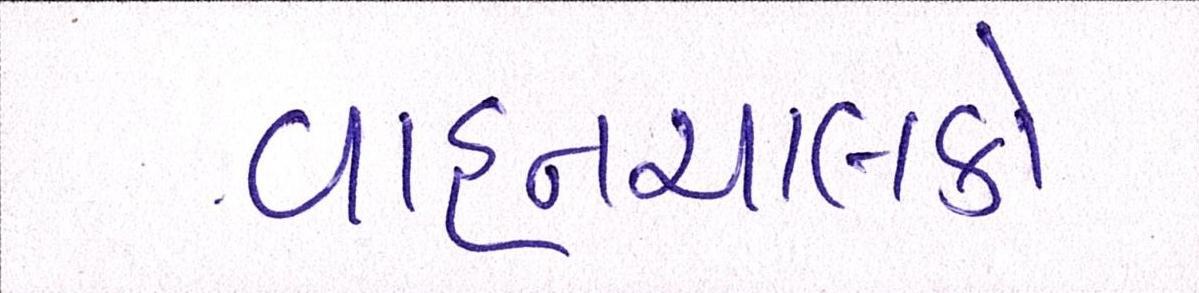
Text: વાહનચાલકો